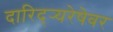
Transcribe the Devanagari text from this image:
दारिद्र्‍यरेषेवर